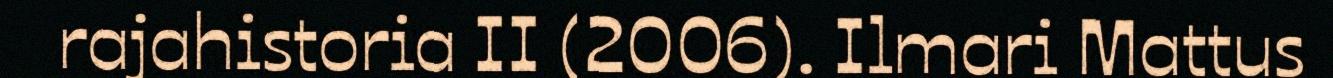
rajahistoria II (2006). Ilmari Mattus